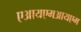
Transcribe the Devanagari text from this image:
एआयएमआयएम